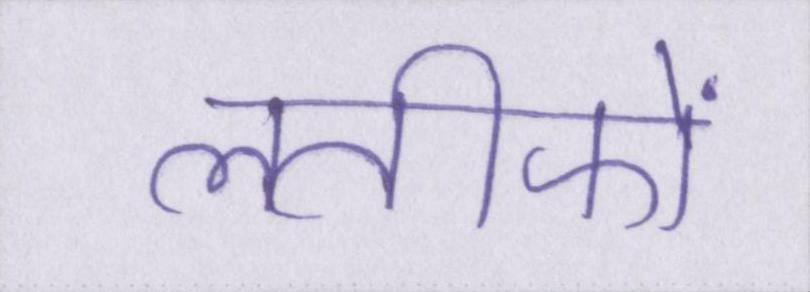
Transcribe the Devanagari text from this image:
लतीफों